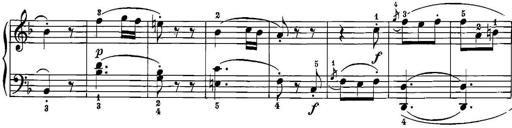
Title: 12 Sonatinas
Composer: Ignaz Pleyel